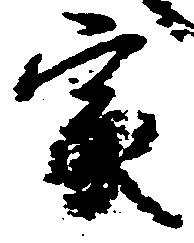
家